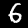
Label: 6